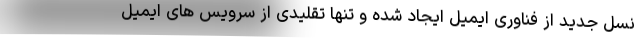
نسل جدید از فناوری ایمیل ایجاد شده و تنها تقلیدی از سرویس های ایمیل